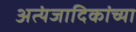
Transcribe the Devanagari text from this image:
अत्यंजादिकांच्या